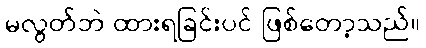
မလွတ်ဘဲ ထားရခြင်းပင် ဖြစ်တော့သည်။